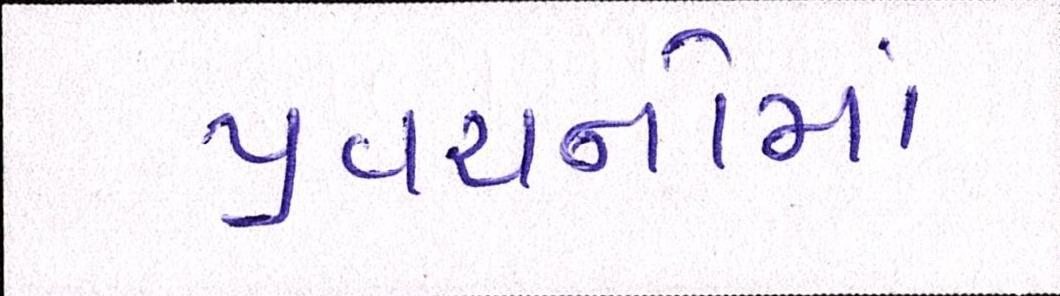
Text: પ્રવચનોમાં